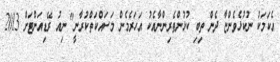
އެކަމަކު ނުކުޅެވެންޏާ ދެން ތިބި ކުޅުންތެރިންނާއެކު އަހަރެމެން މަސައްކަތްކުރާނީ" ނިއު ރޭޑިއަންޓަށް 2013